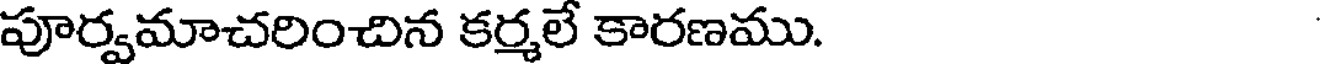
పూర్వమాచరించిన కర్మలే కారణము.